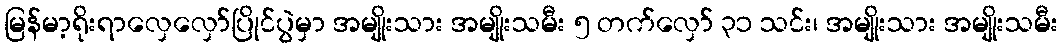
မြန်မာ့ရိုးရာလှေလှော်ပြိုင်ပွဲမှာ အမျိုးသား အမျိုးသမီး ၅ တက်လှော် ၃၁ သင်း၊ အမျိုးသား အမျိုးသမီး